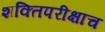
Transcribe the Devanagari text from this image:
शक्तिपरीक्षाच